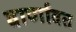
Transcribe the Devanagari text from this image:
वार्णावत